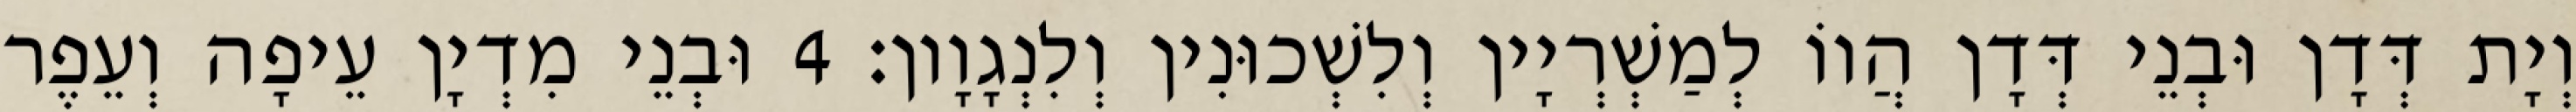
וְיָת דְּדָן וּבְנֵי דְּדָן הֲווֹ לְמַשְׁרְיָין וְלִשְׁכוּנִין וְלִנְגָוָון׃ 4 וּבְנֵי מִדְיָן עֵיפָה וְעֵפֶר